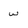
Character: w